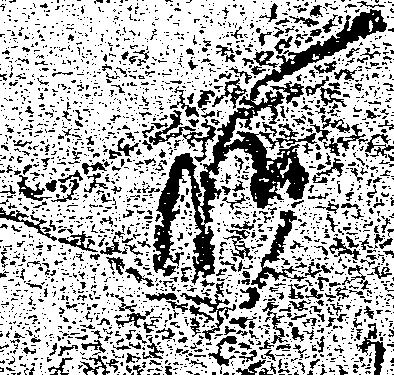
所